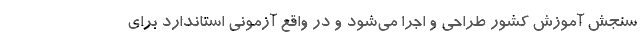
سنجش آموزش کشور طراحی و اجرا می‌شود و در واقع آزمونی استاندارد برای